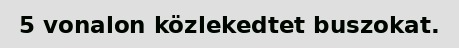
5 vonalon közlekedtet buszokat.